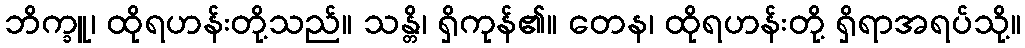
ဘိက္ခူ၊ ထိုရဟန်းတို့သည်။ သန္တိ၊ ရှိကုန်၏။ တေန၊ ထိုရဟန်းတို့ ရှိရာအရပ်သို့။